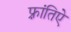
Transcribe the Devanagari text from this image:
फ़्रांतिऐ